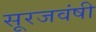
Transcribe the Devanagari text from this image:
सूरजवंषी